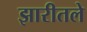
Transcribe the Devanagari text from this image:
झारीतले